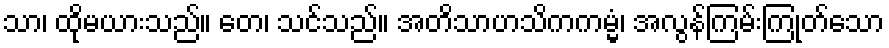
သာ၊ ထိုမယားသည်။ တေ၊ သင်သည်။ အတိသာဟသိကကမ္မံ၊ အလွန်ကြမ်းကြုတ်သော